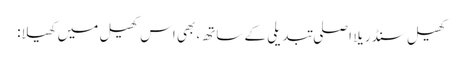
کھیل سنڈریلا اصلی تبدیلی کے ساتھ، بھی اس کھیل میں کھیلا: